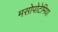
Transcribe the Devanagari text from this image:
मसोपोटेमिया